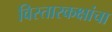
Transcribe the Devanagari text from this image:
विस्तारकक्षांचा